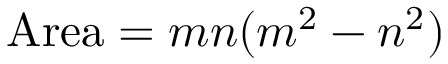
{ \mathrm { A r e a } } = m n ( m ^ { 2 } - n ^ { 2 } )